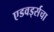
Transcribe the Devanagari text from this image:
एडवर्ड्सचा